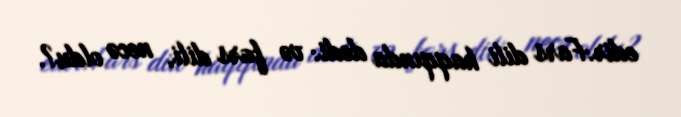
edir:Fars dili haqqında dedi: və fars dili, necə oldu?.